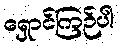
ရှောင်ကြဉ်ပါ